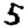
Digit: 5